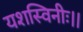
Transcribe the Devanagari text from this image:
यशस्विनीः।।